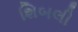
શિબલી